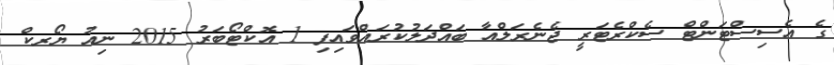
ގެ އެސިސްޓަންޓް ސެކްރެޓަރީ ޖެނެރަލްއާ ބައްދަލުކުރައްވައިފި 1 އޮކްޓޯބަރު 2015 ނިއު ޔޯރކް